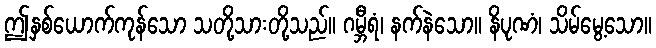
ဤနှစ်ယောက်ကုန်သော သတို့သားတို့သည်။ ဂမ္ဘီရံ၊ နက်နဲသော။ နိပုဏံ၊ သိမ်မွေ့သော။